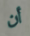
أن